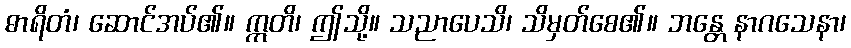
ဓာရိတံ၊ ဆောင်အပ်၏။ ဣတိ၊ ဤသို့။ သညာပေသိ၊ သိမှတ်စေ၏။ ဘန္တေ နာဂသေနာ၊